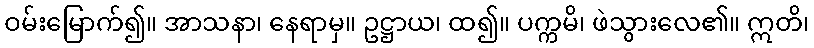
ဝမ်းမြောက်၍။ အာသနာ၊ နေရာမှ။ ဥဋ္ဌာယ၊ ထ၍။ ပက္ကမိ၊ ဖဲသွားလေ၏။ ဣတိ၊